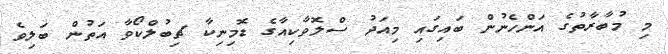
މި މުބާރާތުގެ އަންހެނުން ބައިގައި މިއަދު ސްލޮވާކިއާގެ ޑޮމިނިކާ ޗިބުލްކޯވާ އަތުން ބަލިވެ